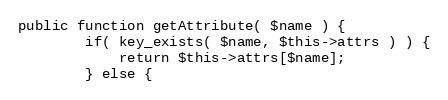
Language: PHP
public function getAttribute( $name ) {
        if( key_exists( $name, $this->attrs ) ) {
            return $this->attrs[$name];
        } else {